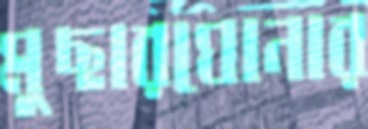
মুছারঘোনার